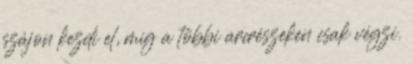
szájon kezdi el, míg a többi arcrészeken csak végzi.